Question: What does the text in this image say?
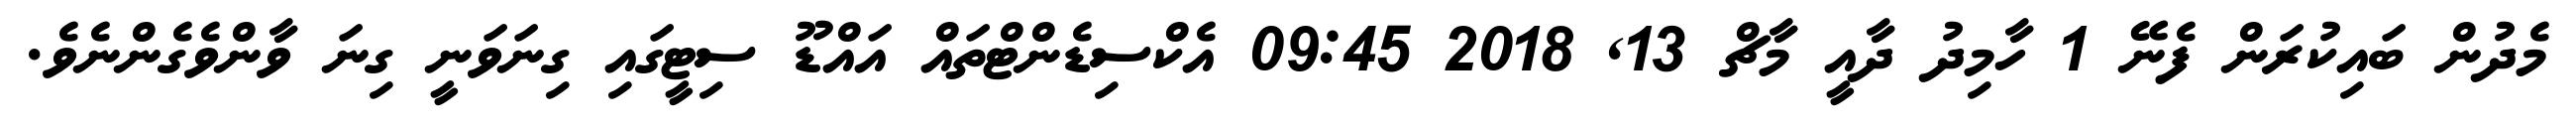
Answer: މެދުން ބައިކުރަން ފެނޭ 1 ހާމިދު ދާއީ މާޗް 13, 2018 09:45 އެކްސިޑެންޓްތައް އައްޑޫ ސިޓީގައި ގިނަވަނީ ގިނަ ވާންވެގެންނެވެ.